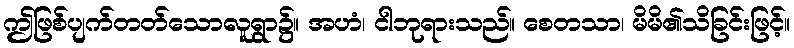
ဤဖြစ်ပျက်တတ်သောလူရွာ၌။ အဟံ၊ ငါဘုရားသည်။ စေတသာ၊ မိမိ၏သိခြင်းဖြင့်။